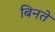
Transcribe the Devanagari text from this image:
बिनते